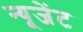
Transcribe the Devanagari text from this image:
न्यूजेंट